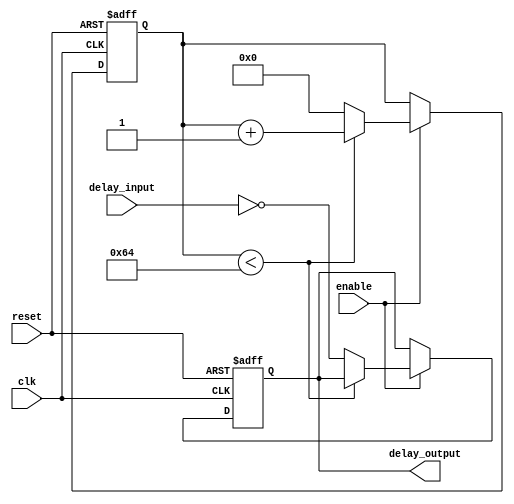
module NAND_Gate_Delay (
    input wire clk,
    input wire reset,
    input wire enable,
    input wire delay_input,
    output reg delay_output
);

reg [15:0] counter;

always @(posedge clk or posedge reset) begin
    if (reset) begin
        counter <= 16'b0;
        delay_output <= 1'b0;
    end else begin
        if (enable) begin
            if (counter < 16'd100) begin
                counter <= counter + 1;
            end else begin
                counter <= 16'b0;
                delay_output <= ~delay_input;
            end
        end
    end
end

endmodule